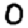
Digit: 0